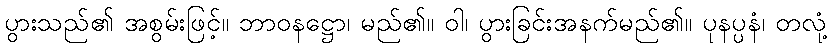
ပွားသည်၏ အစွမ်းဖြင့်။ ဘာဝနဋ္ဌော၊ မည်၏။ ဝါ၊ ပွားခြင်းအနက်မည်၏။ ပုနပ္ပနံ၊ တလုံ့